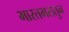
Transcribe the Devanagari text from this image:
भारतभरातुन